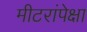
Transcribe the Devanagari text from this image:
मीटरांपेक्षा